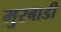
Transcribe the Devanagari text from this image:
मुरबाडी